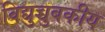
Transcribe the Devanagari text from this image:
विद्युच्चुबकीय